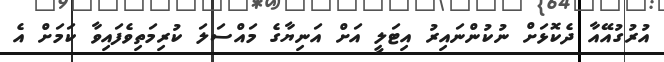
އުރުގުއޭއާ ދެކޮޅަށް ނުކުންނައިރު އިޓަލީ އަށް އަނިޔާގެ މައްސަލަ ކުރިމަތިވެފައިވާ ކަމަށް އެ